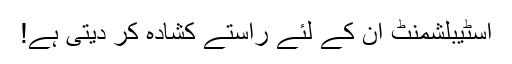
اسٹیبلشمنٹ ان کے لئے راستے کشادہ کر دیتی ہے!